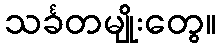
သင်္ခတမျိုးတွေ။